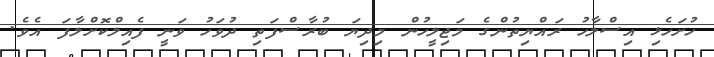
ހުށަހެޅި އިސްލާހު ރައްޔިތުންގެ މަޖިލީހުން މިދިޔަ ބުރާސްފަތި ދުވަހު ވަނީ ފެއިލްކޮށްލާފަ އެވެ.